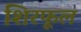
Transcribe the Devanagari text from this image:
शिरफूल